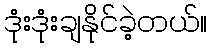
ဒုံးဒုံးချနိုင်ခဲ့တယ်။